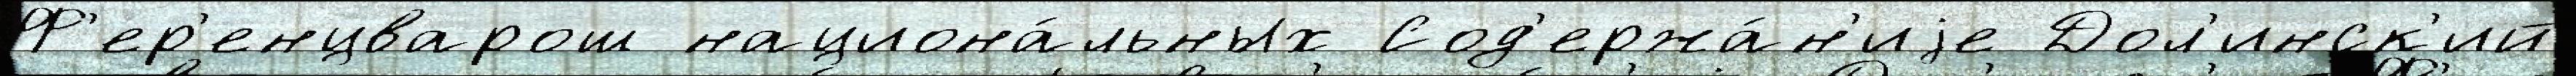
Ф'ер'енцварош национа́льных Сод'ержа́н'иjе Дол'инск'ий